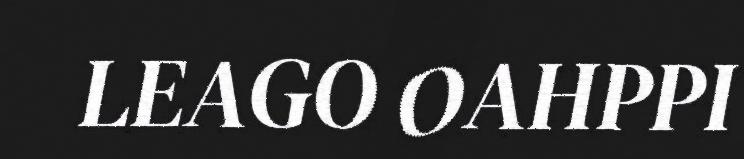
LEAGO OAHPPI